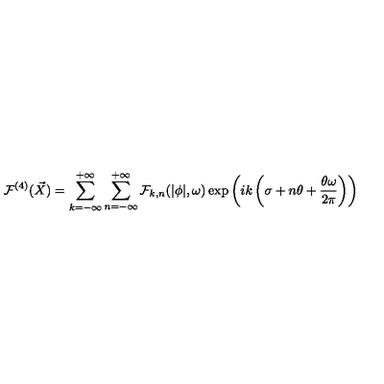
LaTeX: { \cal F } ^ { ( 4 ) } ( \vec { X } ) = \sum _ { k = - \infty } ^ { + \infty } \sum _ { n = - \infty } ^ { + \infty } { \cal F } _ { k , n } ( | \phi | , \omega ) \exp \left( i k \left( \sigma + n \theta + \frac { \theta \omega } { 2 \pi } \right) \right)